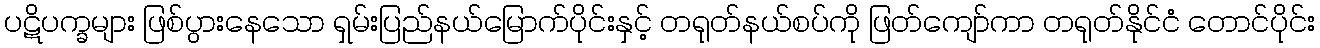
ပဋိပက္ခများ ဖြစ်ပွားနေသော ရှမ်းပြည်နယ်မြောက်ပိုင်းနှင့် တရုတ်နယ်စပ်ကို ဖြတ်ကျော်ကာ တရုတ်နိုင်ငံ တောင်ပိုင်း